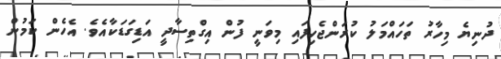
ދުނިޔެ މިހާރު ތަހައްމަލު ކުރަންޖެހިފައި މިވަނީ ފުން އިގްތިސާދީ އަޑިގަޑަކާއެވެ. އެހެން ކަމުން